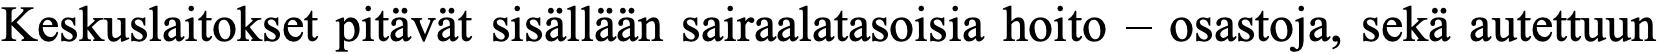
Keskuslaitokset pitävät sisällään sairaalatasoisia hoito – osastoja, sekä autettuun